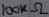
Text: 100KΩ